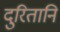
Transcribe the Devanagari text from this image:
दुरितानि